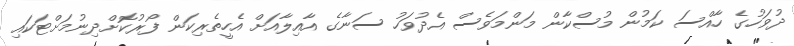
ދުވަހުގެ ހާއްސަ ކަމުން މުސްކާން މަންމަވެސް އެދުވަހު ސަނާގެ އާއިލާއަށް އެހީތެރިކަން ފޯރުކޮށްދިނުމަށްޓަކައި